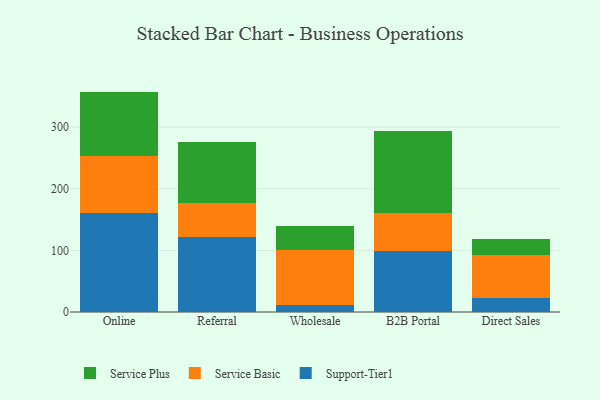
{"axis": {"x": "Channel", "y": "Humidity (%)"}, "legend": ["Service Basic", "Service Plus", "Support-Tier1"], "data": [{"x": "Online", "y": 160.0, "type": "Support-Tier1"}, {"x": "Online", "y": 92.9, "type": "Service Basic"}, {"x": "Online", "y": 104.8, "type": "Service Plus"}, {"x": "Referral", "y": 122.2, "type": "Support-Tier1"}, {"x": "Referral", "y": 55.1, "type": "Service Basic"}, {"x": "Referral", "y": 99.3, "type": "Service Plus"}, {"x": "Wholesale", "y": 12.0, "type": "Support-Tier1"}, {"x": "Wholesale", "y": 88.1, "type": "Service Basic"}, {"x": "Wholesale", "y": 38.7, "type": "Service Plus"}, {"x": "B2B Portal", "y": 98.5, "type": "Support-Tier1"}, {"x": "B2B Portal", "y": 62.9, "type": "Service Basic"}, {"x": "B2B Portal", "y": 133.1, "type": "Service Plus"}, {"x": "Direct Sales", "y": 23.2, "type": "Support-Tier1"}, {"x": "Direct Sales", "y": 69.5, "type": "Service Basic"}, {"x": "Direct Sales", "y": 26.3, "type": "Service Plus"}]}